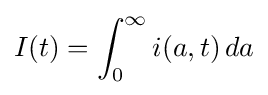
I(t)=\int _{0}^{\infty }i(a,t)\,da